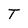
Character: T